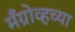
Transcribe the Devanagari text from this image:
मँग्रोव्हच्या